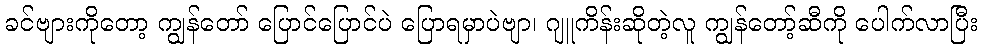
ခင်ဗျားကိုတော့ ကျွန်တော် ပြောင်ပြောင်ပဲ ပြောရမှာပဲဗျာ၊ ဂျူကိန်းဆိုတဲ့လူ ကျွန်တော့်ဆီကို ပေါက်လာပြီး